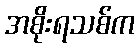
အစိုးရသစ်က